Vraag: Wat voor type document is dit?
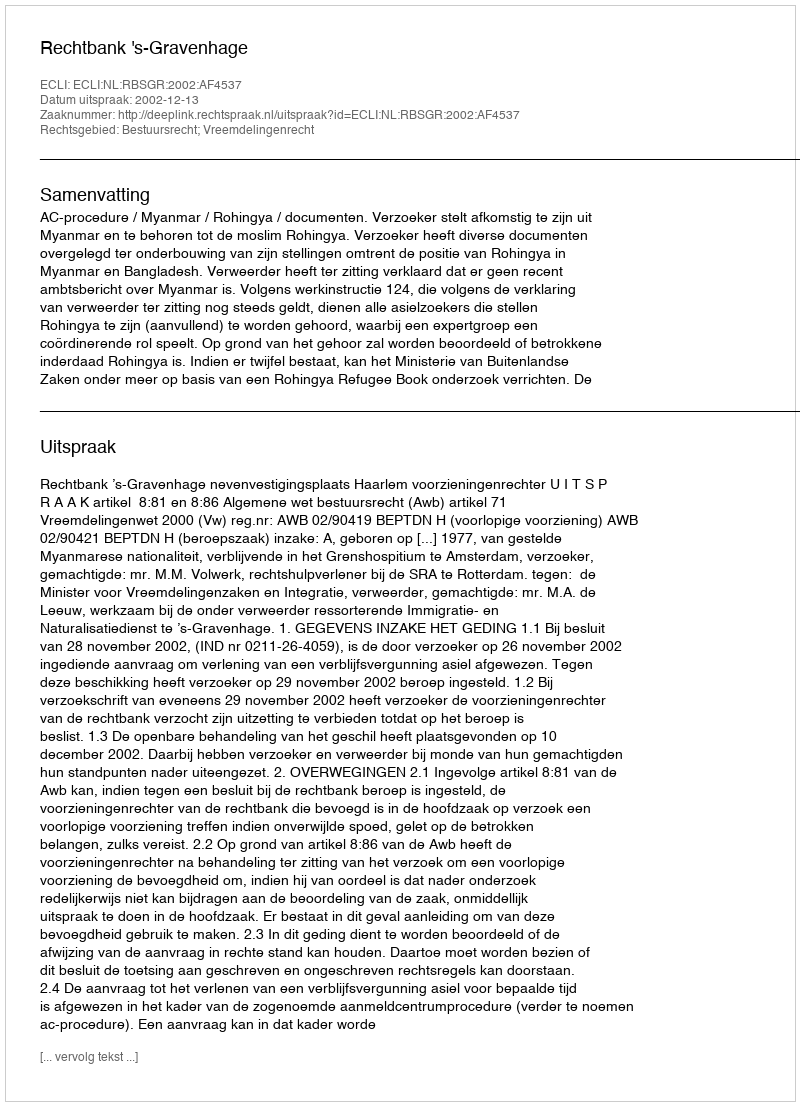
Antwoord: Uitspraak